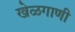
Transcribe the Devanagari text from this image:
खेळगाणी